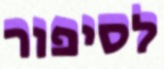
לסיפור